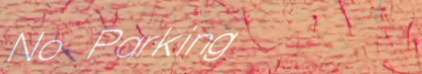
No Parking